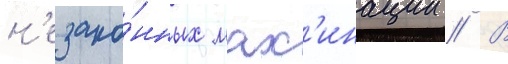
н'езако́нных мах'инации // В